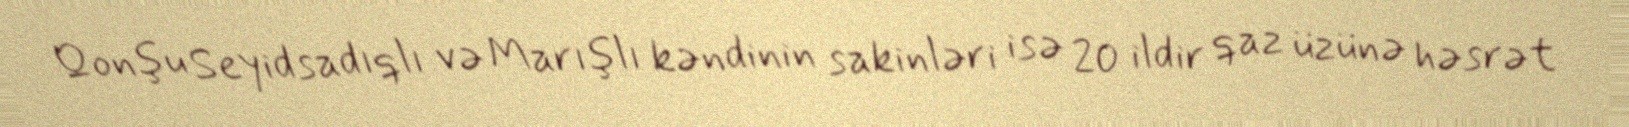
Qonşu Seyidsadıqlı və Marışlı kəndinin sakinləri isə 20 ildir qaz üzünə həsrət